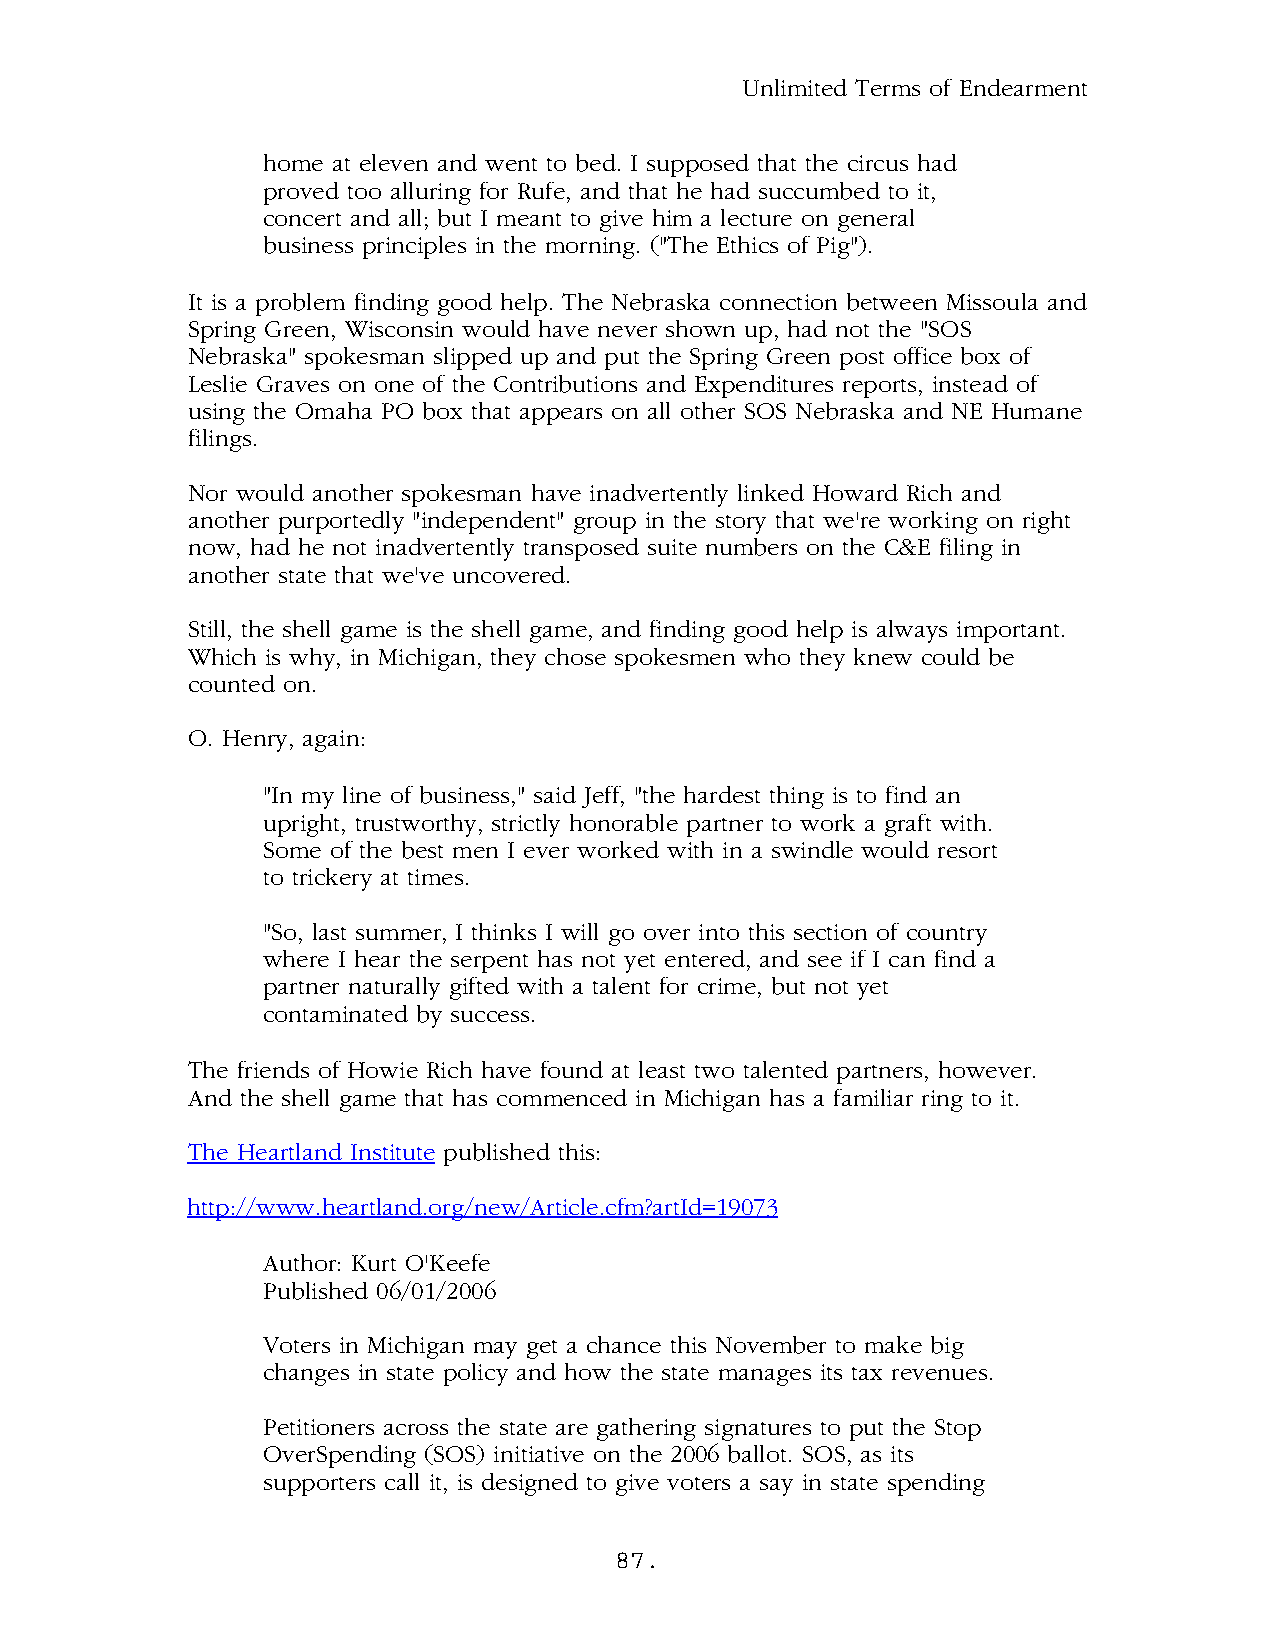
Unlimited Terms of Endearment
 home at eleven and went to bed. I supposed that the circus had
 proved too alluring for Rufe, and that he had succumbed to it,
 concert and all; but I meant to give him a lecture on general
 business principles in the morning. ("The Ethics of Pig").
 It is a problem finding good help. The Nebraska connection between Missoula and
 Spring Green, Wisconsin would have never shown up, had not the "SOS
 Nebraska" spokesman slipped up and put the Spring Green post office box of
 Leslie Graves on one of the Contributions and Expenditures reports, instead of
 using the Omaha PO box that appears on all other SOS Nebraska and NE Humane
 filings.
 Nor would another spokesman have inadvertently linked Howard Rich and
 another purportedly "independent" group in the story that we're working on right
 now, had he not inadvertently transposed suite numbers on the C&E filing in
 another state that we've uncovered.
 Still, the shell game is the shell game, and finding good help is always important.
 Which is why, in Michigan, they chose spokesmen who they knew could be
 counted on.
 O. Henry, again:
 "In my line of business," said Jeff, "the hardest thing is to find an
 upright, trustworthy, strictly honorable partner to work a graft with.
 Some of the best men I ever worked with in a swindle would resort
 to trickery at times.
 "So, last summer, I thinks I will go over into this section of country
 where I hear the serpent has not yet entered, and see if I can find a
 partner naturally gifted with a talent for crime, but not yet
 contaminated by success.
 The friends of Howie Rich have found at least two talented partners, however.
 And the shell game that has commenced in Michigan has a familiar ring to it.
 The Heartland Institute published this:
 http://www.heartland.org/new/Article.cfm?artId=19073
 Author: Kurt O'Keefe
 Published 06/01/2006
 Voters in Michigan may get a chance this November to make big
 changes in state policy and how the state manages its tax revenues.
 Petitioners across the state are gathering signatures to put the Stop
 OverSpending (SOS) initiative on the 2006 ballot. SOS, as its
 supporters call it, is designed to give voters a say in state spending
 87.